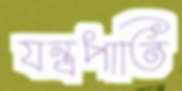
যন্ত্রপাতি